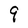
Character: q